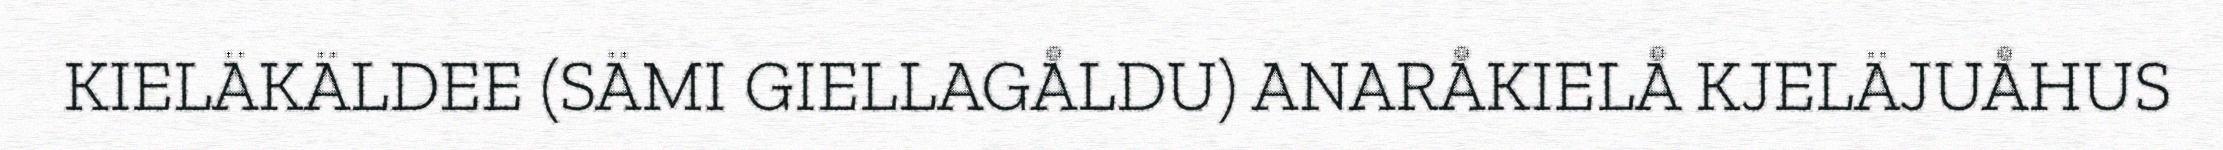
KIELÄKÄLDEE (SÄMI GIELLAGÅLDU) ANARÅKIELÅ KJELÄJUÅHUS